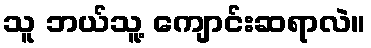
သူ ဘယ်သူ့ ကျောင်းဆရာလဲ။